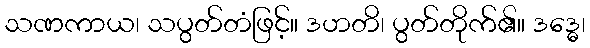
သဏကာယ၊ သပွတ်တံဖြင့်။ ဒဟတိ၊ ပွတ်တိုက်၏။ ဒဒ္ဓေ၊